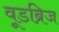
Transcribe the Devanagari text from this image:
वूडब्रिज